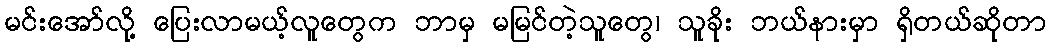
မင်းအော်လို့ ပြေးလာမယ့်လူတွေက ဘာမှ မမြင်တဲ့သူတွေ၊ သူခိုး ဘယ်နားမှာ ရှိတယ်ဆိုတာ